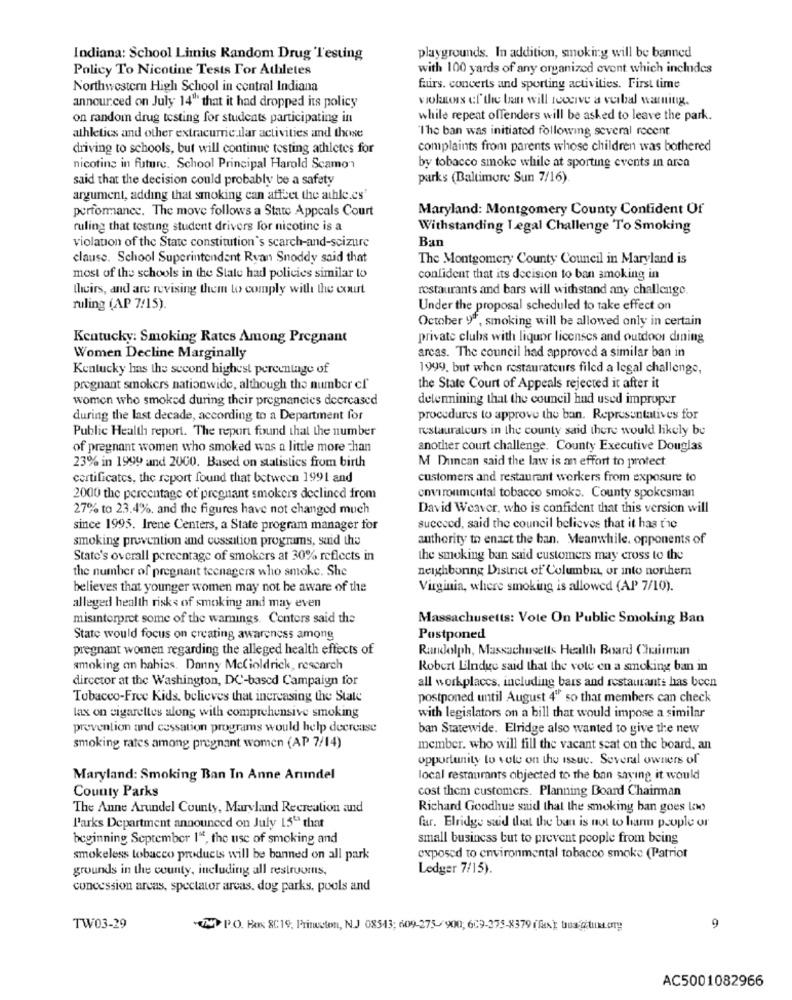
Indiana: School Limits Random Drug Testing
playgrounds. In addition, smoking will be banned
Policy To Nicotine Tests For Athletes
with 100 yards of any organized event which includes
Northwestern High School in central Indiana
fairs. concerts and sporting activities. First time
announced on July 14"" that it had dropped its policy
violaness of the ban will receive a verbal warning.
on random drug testing for students participating in
while repeat offenders will be asked to leave the park.
"The ban was initiated following several recent
athletics and other extracurricular activities and those
driving to schools, but will continue testing athletes for
complaints from parents whose children was bothered
nicoting in future. School Principal Harold Scamo"
by tobacco smoke while at sporting events in area
said that the decision could probably be a safety
parks (Baltimore Sun 7/16).
argument, adding that smoking can affect the athle.es'
performance. The move follows a State Appeals Court
Maryland: Montgomery County Confident Of
ruling that testing student drivers for nicotine is a
Withstanding Legal Challenge To Smoking
Ban
violation of the State constitution's search-and-scizure
clause. School Superintendent Ryan Snoddy said that
The Montgomery County Council in Maryland is
most of the schools in the State had policies similar to
confident that its decision to ban smoking in
theirs, and are revising them to comply with the court
restaurants and bars will withstand any challenge.
ruling (AP 7/15).
Under the proposal scheduled to take effect on
October 97, smoking will be allowed only in certain
Kentucky: Smoking Rates Among Pregnant
private clubs with liquor licenses and outdoor dining
arcas. The council had approved a similar ban in
Women Decline Marginally
Kentucky has the second highest percentage of
1999, but when restaurateurs filed a legal challenge,
pregnant smokers nationwide, although the number ef
the State Court of Appeals rejected it after it
women who smoked during their pregnancies decreased
determining that the council had used improper
during the last decade, according to a Department for
procedures to approve the ban. Representatives for
Public Health report. The report found that the number
restauraleurs in the county said there would likely be
of pregnant women who smoked was a little more than
another court challenge. County Executive Douglas
23% in 1999 and 2000. Based on statistics from birth
M Duncan said the law is an effort to protect.
certificates, the report found that between 1991 and
customers and restaurant workers from exposure to
2000 the percentage of pregnant smokers declined from
environmental tobacco smoke. County spokesman
27% to 23.4%. and the figures have not changed much
David Weaver, who is confident that this version will
since 1995. Irene Centers, a State program manager for
succeed, said the council believes that it has the
smoking prevention and cessation programs, said the
authority to enact the ban. Meanwhile. opponents of
State's overall percentage of smokers at 30% reflects in
the smoking ban said customers may cross to the
the number of pregnant teenagers who smoke. She
neighboring District of Columbia, or into northem
believes that younger women may not be aware of the
Virginia, where smoking is allowed (AP 7/10).
alleged health risks of smoking and may even
misinterpret some of the warnings. Centers said the
Massachusetts: Vote On Public Smoking Ban
State would focus on creating awareness among
Postponed
pregnant women regarding the alleged health effects of
Randolph, Massachusetts Health Board Chairman
smoking an bahias. Danny McCioldrick, research
Robert Elndye said that the vote en a smoking ban in
dircetor at the Washington, DC-based Campaign for
all workplaces, including bars and restaurants has been
Tobacco-Free Kids, believes that increasing the State
postponed until August 4" so that members can check
lax on cigarettes along with comprehensive smoking
with legislators on a bill that would impose a similar
prevention and cessation programs would help decrease
ban Statewide. Elridge also wanted to give the new
smoking rates among pregnant women (AP 7/14)
member. who will fill the vacant seat on the board, an
opportunity to vole on the issue. Several owners of
Maryland: Smoking Ban In Anne Arundel
local restaurants objected to the ban saying it would
County Parks
cost them customers. Planning Board Chairman
The Anne Arundel County, Maryland Recreation and
Richard Goodhue said that the smoking ban goes Lowo
l'arks Department announced on July 15" that
far. Elridge said that the ban is not to harm peuple or
beginning September 1", the use of smoking and
small business but to prevent people from being
smokeless tobacco products will be banned on all park
exposed to environmental tobacco smoke (Patriot
grounds in the county, including all restrooms,
Ledger 7/15).
concession arcas, spectator arcas. dog parks, pools and
TW03-29
(N P.O. Box 8C19, Princeton, N.J 08543; 609-275-900; 609-375-8379 (fx ); tous @ituk.org
9
AC5001082966